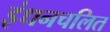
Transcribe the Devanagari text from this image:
इंधनचलित